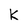
Character: k